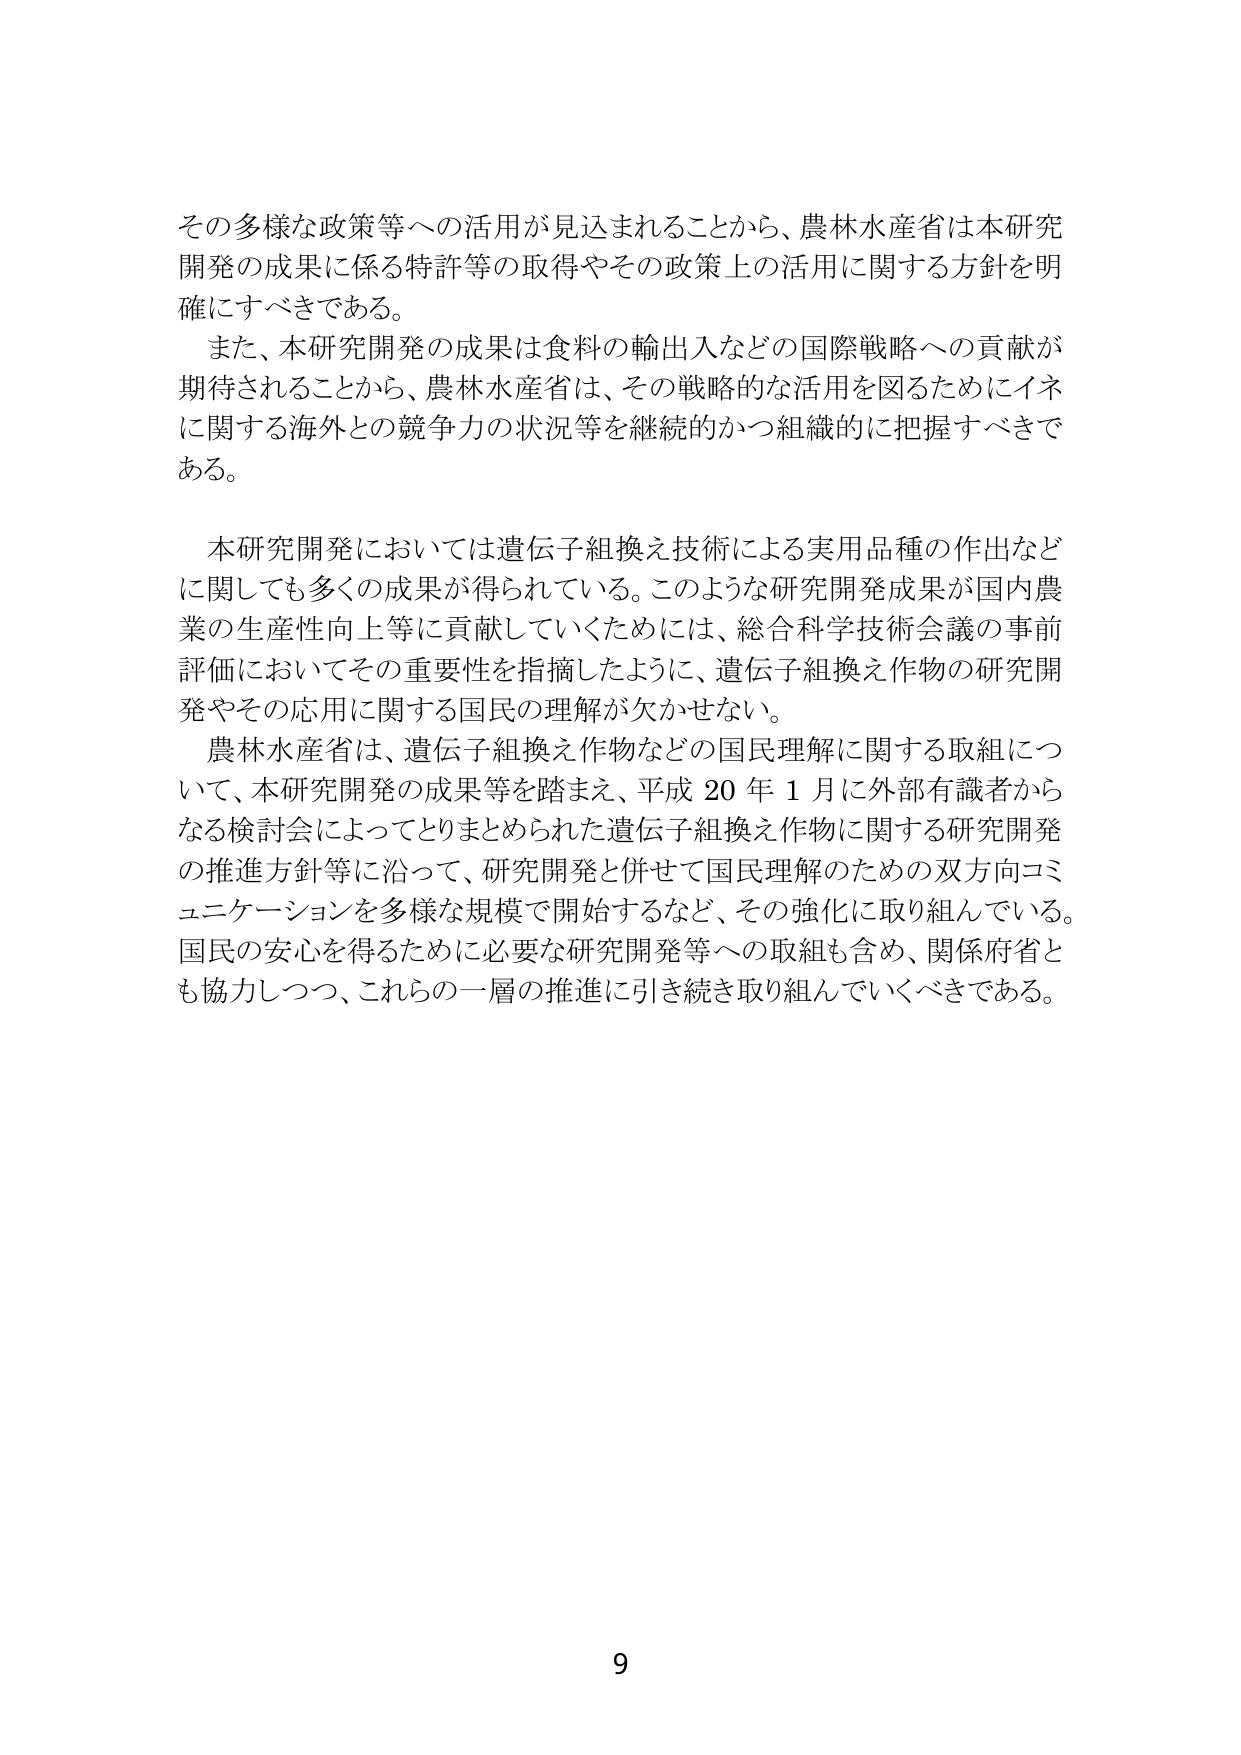
その多様な政策等への活用が見込まれることから、農林水産省は本研究開発の成果に係る特許等の取得やその政策上の活用に関する方針を明確にすべきである。

また、本研究開発の成果は食料の輸出入などの国際戦略への貢献が期待されることから、農林水産省は、その戦略的な活用を図るためにイネに関する海外との競争力の状況等を継続的かつ組織的に把握すべきである。

本研究開発においては遺伝子組換え技術による実用品種の作出などに関しても多くの成果が得られている。このような研究開発成果が国内農業の生産性向上等に貢献していくためには、総合科学技術会議の事前評価においてその重要性を指摘したように、遺伝子組換え作物の研究開発やその応用に関する国民の理解が欠かせない。

農林水産省は、遺伝子組換え作物などの国民理解に関する取組について、本研究開発の成果等を踏まえ、平成20年1月に外部有識者からなる検討会によってとりまとめられた遺伝子組換え作物に関する研究開発の推進方針等に沿って、研究開発と併せて国民理解のための双方向コミュニケーションを多様な規模で開始するなど、その強化に取り組んでいる。国民の安心を得るために必要な研究開発等への取組も含め、関係府省とも協力しつつ、これらの一層の推進に引き続き取り組んでいくべきである。

9